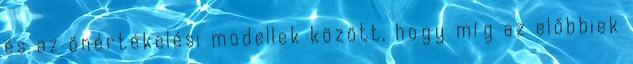
és az önértékelési modellek között, hogy míg az előbbiek